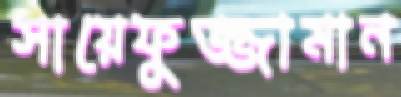
সায়েফুজ্জামান